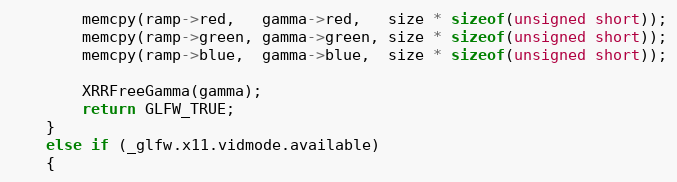
Language: C
        memcpy(ramp->red,   gamma->red,   size * sizeof(unsigned short));
        memcpy(ramp->green, gamma->green, size * sizeof(unsigned short));
        memcpy(ramp->blue,  gamma->blue,  size * sizeof(unsigned short));

        XRRFreeGamma(gamma);
        return GLFW_TRUE;
    }
    else if (_glfw.x11.vidmode.available)
    {